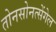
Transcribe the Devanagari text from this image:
तोनसोनत्सेंगेल